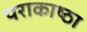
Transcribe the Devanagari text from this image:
पराकाष्‍ठा